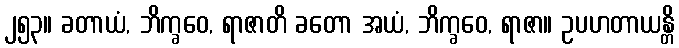
၂၅၃။ ခတာယံ, ဘိက္ခဝေ, ရာဇာတိ ခတော အယံ, ဘိက္ခဝေ, ရာဇာ။ ဥပဟတာယန္တိ